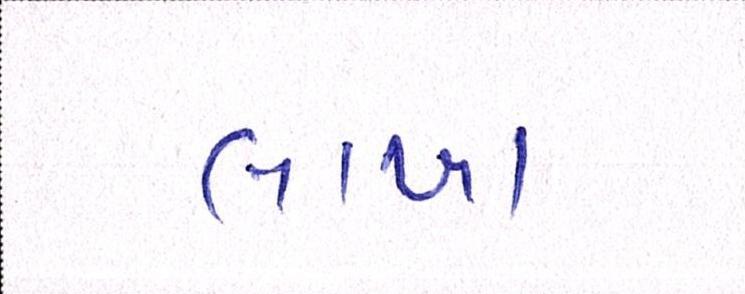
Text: લાખા